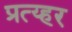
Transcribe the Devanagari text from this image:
प्रत्य्हर